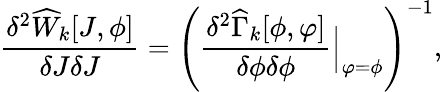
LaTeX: \frac{\delta^{2}\widehat{W}_{k}[J,\phi]}{\delta J\delta J}=\left(\frac{\delta^{2}\widehat{\Gamma}_{k}[\phi,\varphi]}{\delta\phi\delta\phi}{\Big|}_{\varphi=\phi}\right)^{-1},